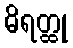
ဓိရတ္ထု